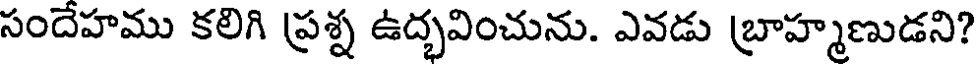
సందేహము కలిగి ప్రశ్న ఉద్భవించును. ఎవడు బ్రాహ్మణుడని?